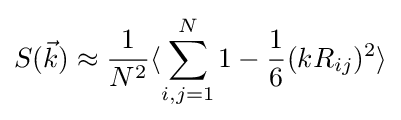
S({\vec {k}})\approx {\frac {1}{N^{2}}}\langle \sum _{i,j=1}^{N}1-{\frac {1}{6}}(kR_{ij})^{2}\rangle